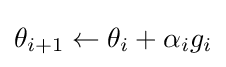
\theta _{i+1}\leftarrow \theta _{i}+\alpha _{i}g_{i}